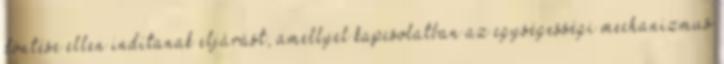
döntése ellen indítanak eljárást, amellyel kapcsolatban az egységességi mechanizmus